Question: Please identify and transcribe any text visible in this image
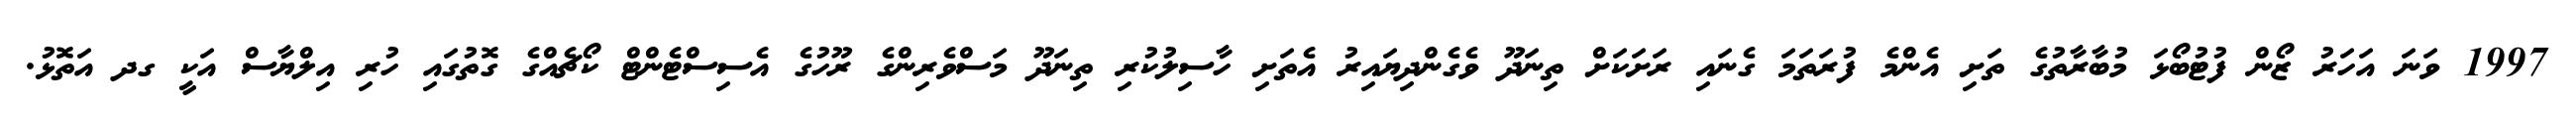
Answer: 1997 ވަނަ އަހަރު ޒޯން ފުޓުބޯޅަ މުބާރާތުގެ ތަށި އެންމެ ފުރަތަމަ ގެނައި ރަށަކަށް ތިނަދޫ ވެގެންދިޔައިރު އެތަށި ހާސިލުކުރި ތިނަދޫ މަސްވެރިންގެ ރޫހުގެ އެސިސްޓެންޓް ކޯޗެއްގެ ގޮތުގައި ހުރި އިލްޔާސް އަކީ ގދ އަތޮޅު.